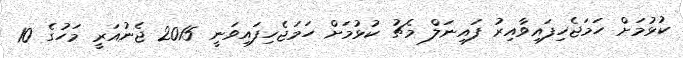
ކުޅުމަށް ހަމަޖެހިފައިވާއިރު ފައިނަލް މެޗު ކުޅުމަށް ހަމަޖެހިފައިވަނީ 2015 ޖެނުއަރީ މަހުގެ 10